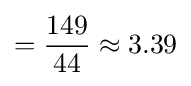
={\frac {149}{44}}\approx 3.39